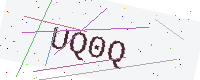
Text: UQ0Q